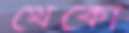
থেকো